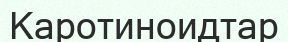
Каротиноидтар